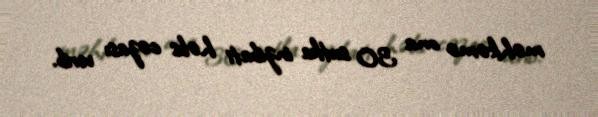
məhkəmə ona 30 sutka inzibati həbs cəzası verib.